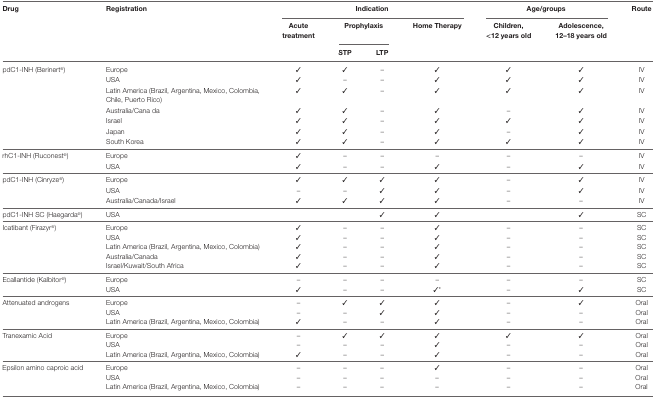
<table><thead><tr><td><b>Drug</b></td><td><b>Registration</b></td><td colspan="4"><b>Indication</b></td><td colspan="2"><b>Age/groups</b></td><td><b>Route</b></td></tr><tr><td></td><td></td><td><b>Acute treatment</b></td><td colspan="2"><b>Prophylaxis</b></td><td><b>Home Therapy</b></td><td><b>Children, &lt;12 years old</b></td><td><b>Adolescence, 12–18 years old</b></td><td></td></tr><tr><td></td><td></td><td></td><td><b>STP</b></td><td><b>LTP</b></td><td></td><td></td><td></td><td></td></tr></thead><tbody><tr><td>pdC1-INH (Berinert<sup>®</sup>)</td><td>Europe</td><td>✓</td><td>✓</td><td>–</td><td>✓</td><td>✓</td><td>✓</td><td>IV</td></tr><tr><td></td><td>USA</td><td>✓</td><td>–</td><td>–</td><td>✓</td><td>✓</td><td>✓</td><td>IV</td></tr><tr><td></td><td>Latin America (Brazil, Argentina, Mexico, Colombia, Chile, Puerto Rico)</td><td>✓</td><td>✓</td><td>–</td><td>✓</td><td>✓</td><td>✓</td><td>IV</td></tr><tr><td></td><td>Australia/Cana da</td><td>✓</td><td>✓</td><td>–</td><td>✓</td><td>–</td><td>✓</td><td>IV</td></tr><tr><td></td><td>Israel</td><td>✓</td><td>✓</td><td>–</td><td>✓</td><td>✓</td><td>✓</td><td>IV</td></tr><tr><td></td><td>Japan</td><td>✓</td><td>✓</td><td>–</td><td>✓</td><td>–</td><td>✓</td><td>IV</td></tr><tr><td></td><td>South Korea</td><td>✓</td><td>✓</td><td>–</td><td>✓</td><td>✓</td><td>✓</td><td>IV</td></tr><tr><td>rhC1-INH (Ruconest<sup>®</sup>)</td><td>Europe</td><td>✓</td><td>–</td><td>–</td><td>–</td><td>–</td><td>–</td><td>IV</td></tr><tr><td></td><td>USA</td><td>✓</td><td>–</td><td>–</td><td>✓</td><td>–</td><td>✓</td><td>IV</td></tr><tr><td>pdC1-INH (Cinryze<sup>®</sup>)</td><td>Europe</td><td>✓</td><td>✓</td><td>✓</td><td>✓</td><td>–</td><td>✓</td><td>IV</td></tr><tr><td></td><td>USA</td><td>–</td><td>–</td><td>✓</td><td>✓</td><td>–</td><td>✓</td><td>IV</td></tr><tr><td></td><td>Australia/Canada/Israel</td><td>✓</td><td>✓</td><td>✓</td><td>✓</td><td>–</td><td>–</td><td>IV</td></tr><tr><td>pdC1-INH SC (Haegarda<sup>®</sup>)</td><td>USA</td><td></td><td></td><td>✓</td><td>✓</td><td></td><td>✓</td><td>SC</td></tr><tr><td>Icatibant (Firazyr<sup>®</sup>)</td><td>Europe</td><td>✓</td><td>–</td><td>–</td><td>✓</td><td>–</td><td>–</td><td>SC</td></tr><tr><td></td><td>USA</td><td>✓</td><td>–</td><td>–</td><td>✓</td><td>–</td><td>–</td><td>SC</td></tr><tr><td></td><td>Latin America (Brazil, Argentina, Mexico, Colombia)</td><td>✓</td><td>–</td><td>–</td><td>✓</td><td>–</td><td>–</td><td>SC</td></tr><tr><td></td><td>Australia/Canada</td><td>✓</td><td>–</td><td>–</td><td>✓</td><td>–</td><td>–</td><td>SC</td></tr><tr><td></td><td>Israel/Kuwait/South Africa</td><td>✓</td><td>–</td><td>–</td><td>✓</td><td>–</td><td>–</td><td>SC</td></tr><tr><td>Ecallantide (Kalbitor<sup>®</sup>)</td><td>Europe</td><td>–</td><td>–</td><td>–</td><td>–</td><td>–</td><td>–</td><td>SC</td></tr><tr><td></td><td>USA</td><td>✓</td><td>–</td><td>–</td><td>✓*</td><td>–</td><td>✓</td><td>SC</td></tr><tr><td>Attenuated androgens</td><td>Europe</td><td>–</td><td>✓</td><td>✓</td><td>✓</td><td>–</td><td>✓</td><td>Oral</td></tr><tr><td></td><td>USA</td><td>–</td><td>–</td><td>✓</td><td>✓</td><td>–</td><td>–</td><td>Oral</td></tr><tr><td></td><td>Latin America (Brazil, Argentina, Mexico, Colombia)</td><td>✓</td><td>–</td><td>–</td><td>✓</td><td>–</td><td>–</td><td>Oral</td></tr><tr><td>Tranexamic Acid</td><td>Europe</td><td>–</td><td>✓</td><td>✓</td><td>✓</td><td>✓</td><td>✓</td><td>Oral</td></tr><tr><td></td><td>USA</td><td>–</td><td>–</td><td>–</td><td>✓</td><td>–</td><td>–</td><td>Oral</td></tr><tr><td></td><td>Latin America (Brazil, Argentina, Mexico, Colombia)</td><td>✓</td><td>–</td><td>–</td><td>✓</td><td>–</td><td>–</td><td>Oral</td></tr><tr><td>Epsilon amino caproic acid</td><td>Europe</td><td>–</td><td>–</td><td>–</td><td>✓</td><td>–</td><td>–</td><td>Oral</td></tr><tr><td></td><td>USA</td><td>–</td><td>–</td><td>–</td><td>–</td><td>–</td><td>–</td><td>Oral</td></tr><tr><td></td><td>Latin America (Brazil, Argentina, Mexico, Colombia)</td><td>–</td><td>–</td><td>–</td><td>–</td><td>–</td><td>–</td><td>Oral</td></tr></tbody></table>